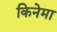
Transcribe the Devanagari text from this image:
किनेमा